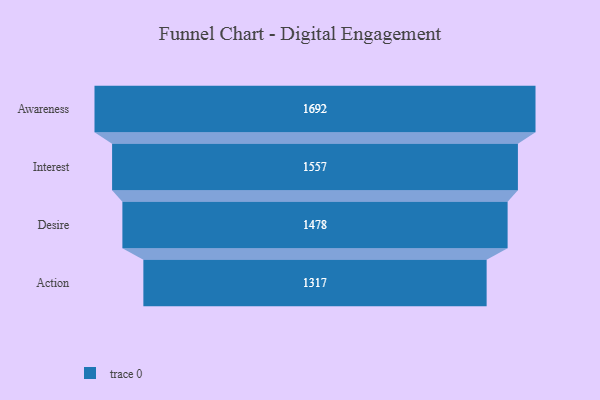
{"axis": {"x": "Stage", "y": "Value"}, "legend": [""], "data": [{"x": "Awareness", "y": 1692.0, "type": ""}, {"x": "Interest", "y": 1557.0, "type": ""}, {"x": "Desire", "y": 1478.0, "type": ""}, {"x": "Action", "y": 1317.0, "type": ""}]}